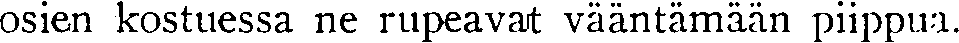
osien kostuessa ne rupeavat vääntämään piippua.